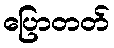
ပြောတတ်